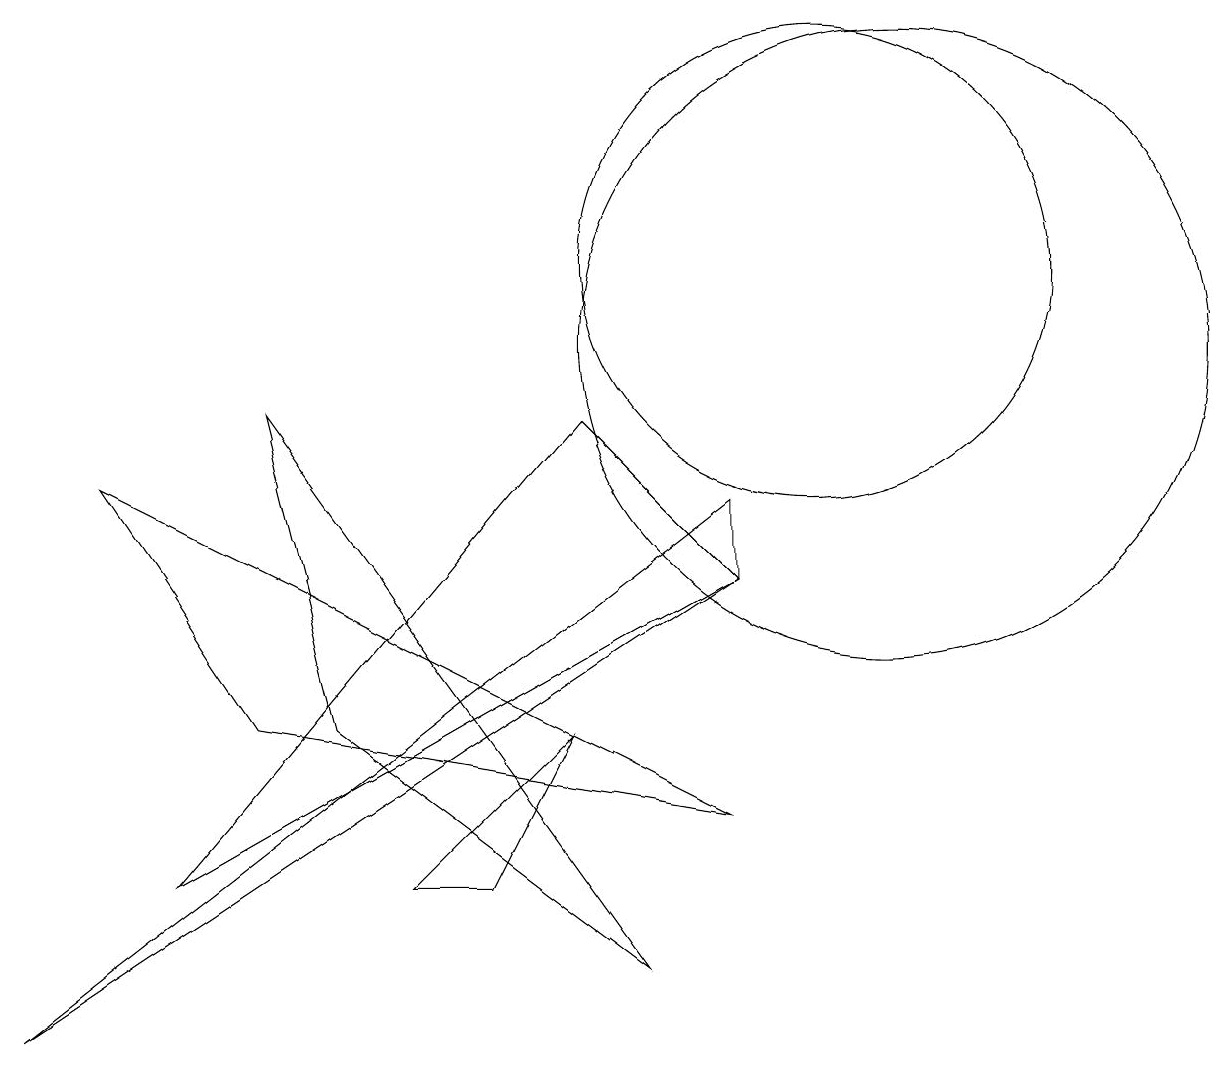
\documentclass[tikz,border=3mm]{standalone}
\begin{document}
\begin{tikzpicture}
\draw (7,9) -- (2,3) -- (9,7) -- cycle;
\draw (10,11) circle (3);
\draw (5,3) -- (6,3) -- (7,5) -- cycle;
\draw (3,5) -- (1,8) -- (9,4) -- cycle;
\draw (11,10) circle (4);
\draw (8,2) -- (3,9) -- (4,5) -- cycle;
\draw (9,7) -- (9,8) -- (0,1) -- cycle;
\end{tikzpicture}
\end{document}